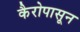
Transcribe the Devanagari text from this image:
कैरोपासून